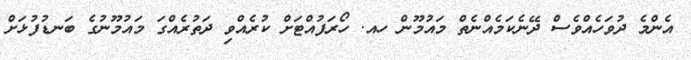
އެންމެ ދުވަހެއްވެސް ދޭނެކަމެއްނެތް މައުމޫން ހއ. ހޯރަފުއްޓަށް ކުރެއްވި ދަތުރެއްގަ މައުމޫނުގެ ބަނޑުފުޅަށް